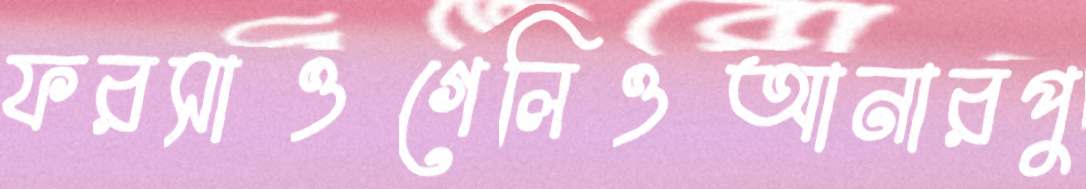
ফরসাওগেলিওআনারপু